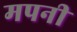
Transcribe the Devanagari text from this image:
मपनी